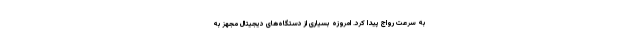
به سرعت رواج پیدا کرد. امروزه بسیاری از دستگاه‌های دیجیتال مجهز به